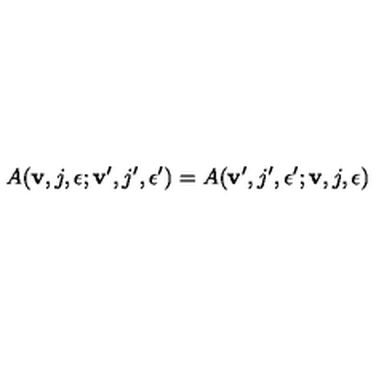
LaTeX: A ( { \bf v } , j , \epsilon ; { \bf v } ^ { \prime } , j ^ { \prime } , \epsilon ^ { \prime } ) = A ( { \bf v } ^ { \prime } , j ^ { \prime } , \epsilon ^ { \prime } ; { \bf v } , j , \epsilon )